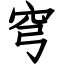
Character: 穹